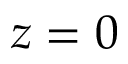
z = 0